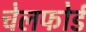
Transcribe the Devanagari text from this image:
चेलफोर्ड